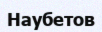
Наубетов